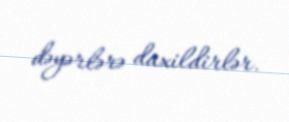
dəyərlərə daxildirlər.